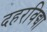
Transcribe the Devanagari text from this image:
दहरविद्या